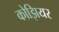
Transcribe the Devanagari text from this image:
कोझियर